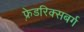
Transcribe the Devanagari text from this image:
फ़्रेडरिक्सबर्ग